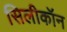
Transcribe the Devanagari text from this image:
सिलीकॉन